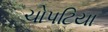
ચોપટિયા